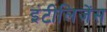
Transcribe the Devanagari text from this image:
इंटीलिजेंस